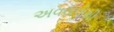
અવયવોથી